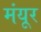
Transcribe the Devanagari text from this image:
मंयूर